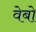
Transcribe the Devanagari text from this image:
वेबो